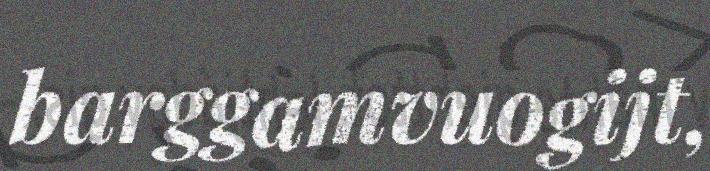
barggamvuogijt,